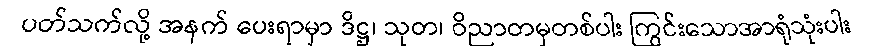
ပတ်သက်လို့ အနက် ပေးရာမှာ ဒိဋ္ဌ၊ သုတ၊ ဝိညာတမှတစ်ပါး ကြွင်းသောအာရုံသုံးပါး